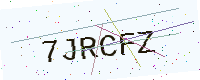
Text: 7JRCFZ